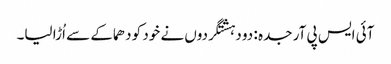
آئی ایس پی آر جدہ : دو دہشتگردوں نے خود کو دھماکے سے اُڑا لیا۔